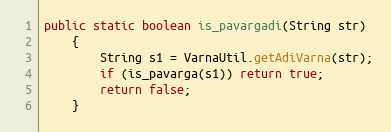
Language: Java
public static boolean is_pavargadi(String str)
    {
        String s1 = VarnaUtil.getAdiVarna(str);
        if (is_pavarga(s1)) return true;
        return false;
    }